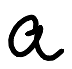
Text: a
Cross-out: clean
Writing tool: digital_black